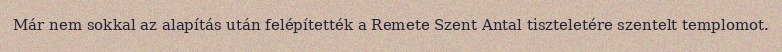
Már nem sokkal az alapítás után felépítették a Remete Szent Antal tiszteletére szentelt templomot.